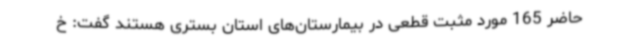
حاضر 165 مورد مثبت قطعی در بیمارستان‌های استان بستری هستند گفت: خ